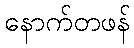
နောက်တဖန်